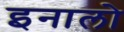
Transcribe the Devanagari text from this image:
इनालो